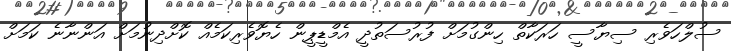
ސުލްހަވެރި ސިޔާސީ ހަރަކާތް ހިންގުމަށް ފުރުސަތުދީ އެމްޑީޕީން ހެޔޮވެރިކަމެއް ކޮށްދިނުމަށް އަންނާނެ ކަމަށް